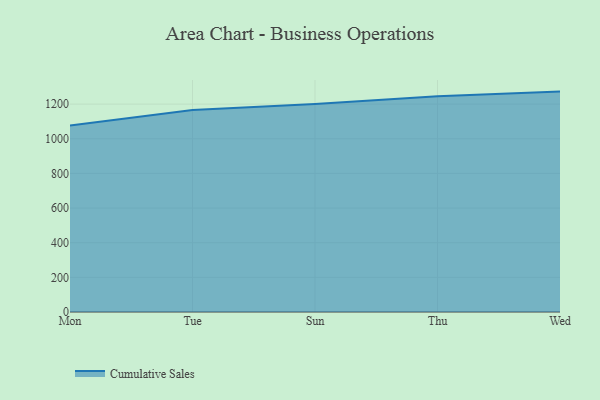
{"axis": {"x": "Day", "y": "Shipments"}, "legend": ["Cumulative Sales"], "data": [{"x": "Mon", "y": 1076.4, "type": "Cumulative Sales"}, {"x": "Tue", "y": 1166.0, "type": "Cumulative Sales"}, {"x": "Sun", "y": 1201.3, "type": "Cumulative Sales"}, {"x": "Thu", "y": 1245.9, "type": "Cumulative Sales"}, {"x": "Wed", "y": 1272.3, "type": "Cumulative Sales"}]}